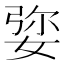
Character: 𡝠